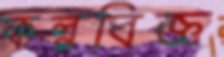
কল্পবিজ্ঞ